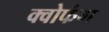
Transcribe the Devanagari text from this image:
क्वोफंग